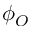
\phi _ { O }